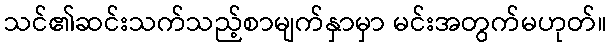
သင်၏ဆင်းသက်သည့်စာမျက်နှာမှာ မင်းအတွက်မဟုတ်။